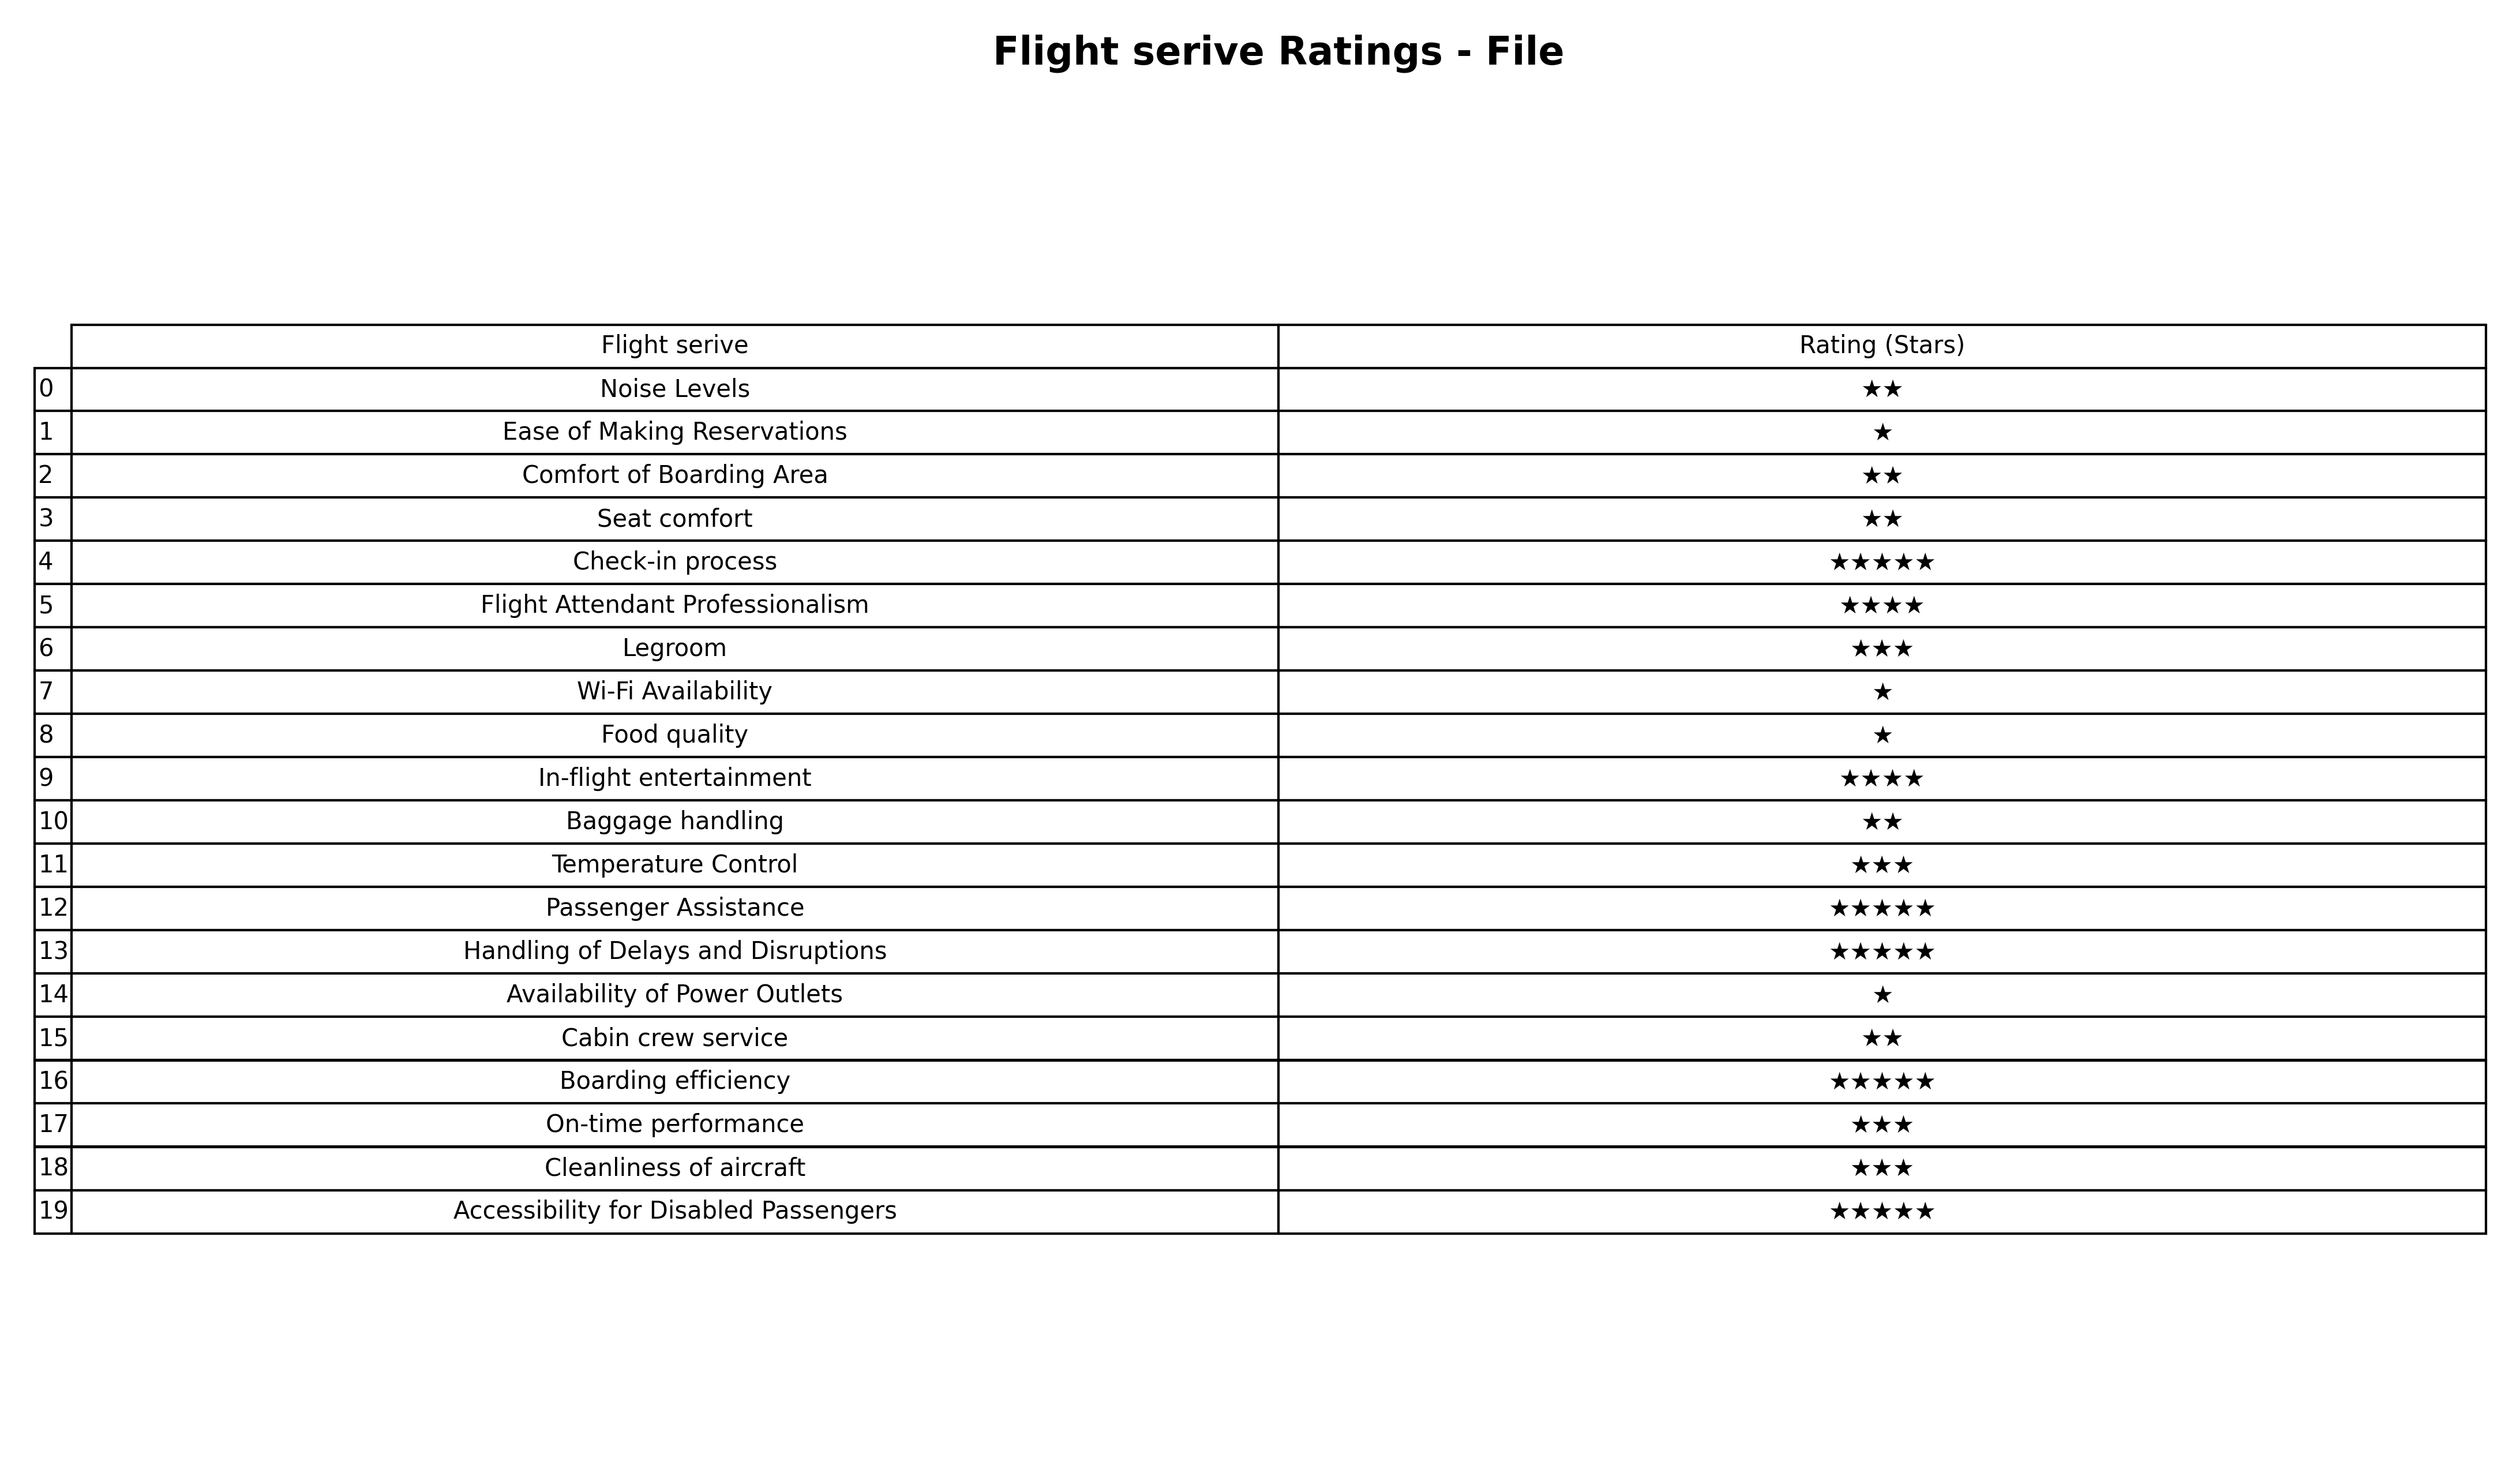
question: Which services are rated average?
answer: LegroomTemperature ControlOn-time performanceCleanliness of aircraft